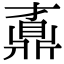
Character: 鼒